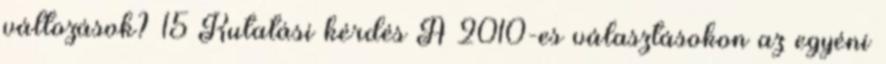
változások? 15 Kutatási kérdés A 2010-es választásokon az egyéni